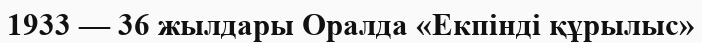
1933 — 36 жылдары Оралда «Екпінді құрылыс»